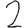
Digit: 2